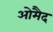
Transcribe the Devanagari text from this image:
ओमैद